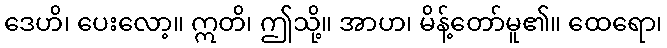
ဒေဟိ၊ ပေးလော့။ ဣတိ၊ ဤသို့။ အာဟ၊ မိန့်တော်မူ၏။ ထေရော၊